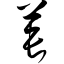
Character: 苌